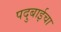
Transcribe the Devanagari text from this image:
पदुबाईचा